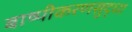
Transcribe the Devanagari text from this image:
बाष्पीकरणसुद्धा